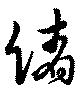
緒